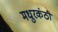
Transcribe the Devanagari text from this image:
मधुरकंठी